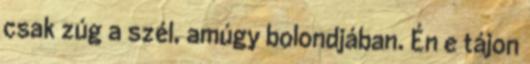
csak zúg a szél, amúgy bolondjában. Én e tájon